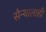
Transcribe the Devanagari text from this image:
सैन्यालाही